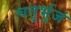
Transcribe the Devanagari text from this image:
चतुर्भुजं